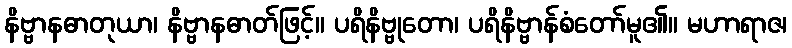
နိဗ္ဗာနဓာတုယာ၊ နိဗ္ဗာနဓာတ်ဖြင့်။ ပရိနိဗ္ဗုတော၊ ပရိနိဗ္ဗာန်စံတော်မူ၏။ မဟာရာဇ၊